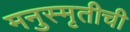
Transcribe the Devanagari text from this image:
मनुस्मृतीची